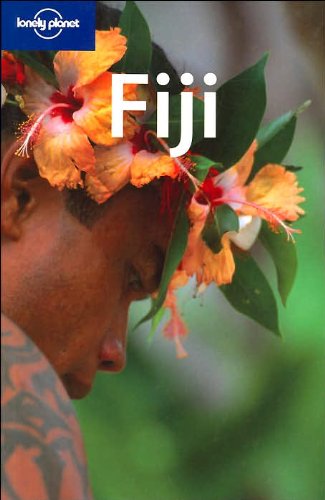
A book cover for Lonely Planet Fiji (Country Guide); Justine Vaisutis; Travel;